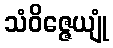
သံဝိဇ္ဇေယျုံ